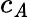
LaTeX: c_{\mathit{A}}